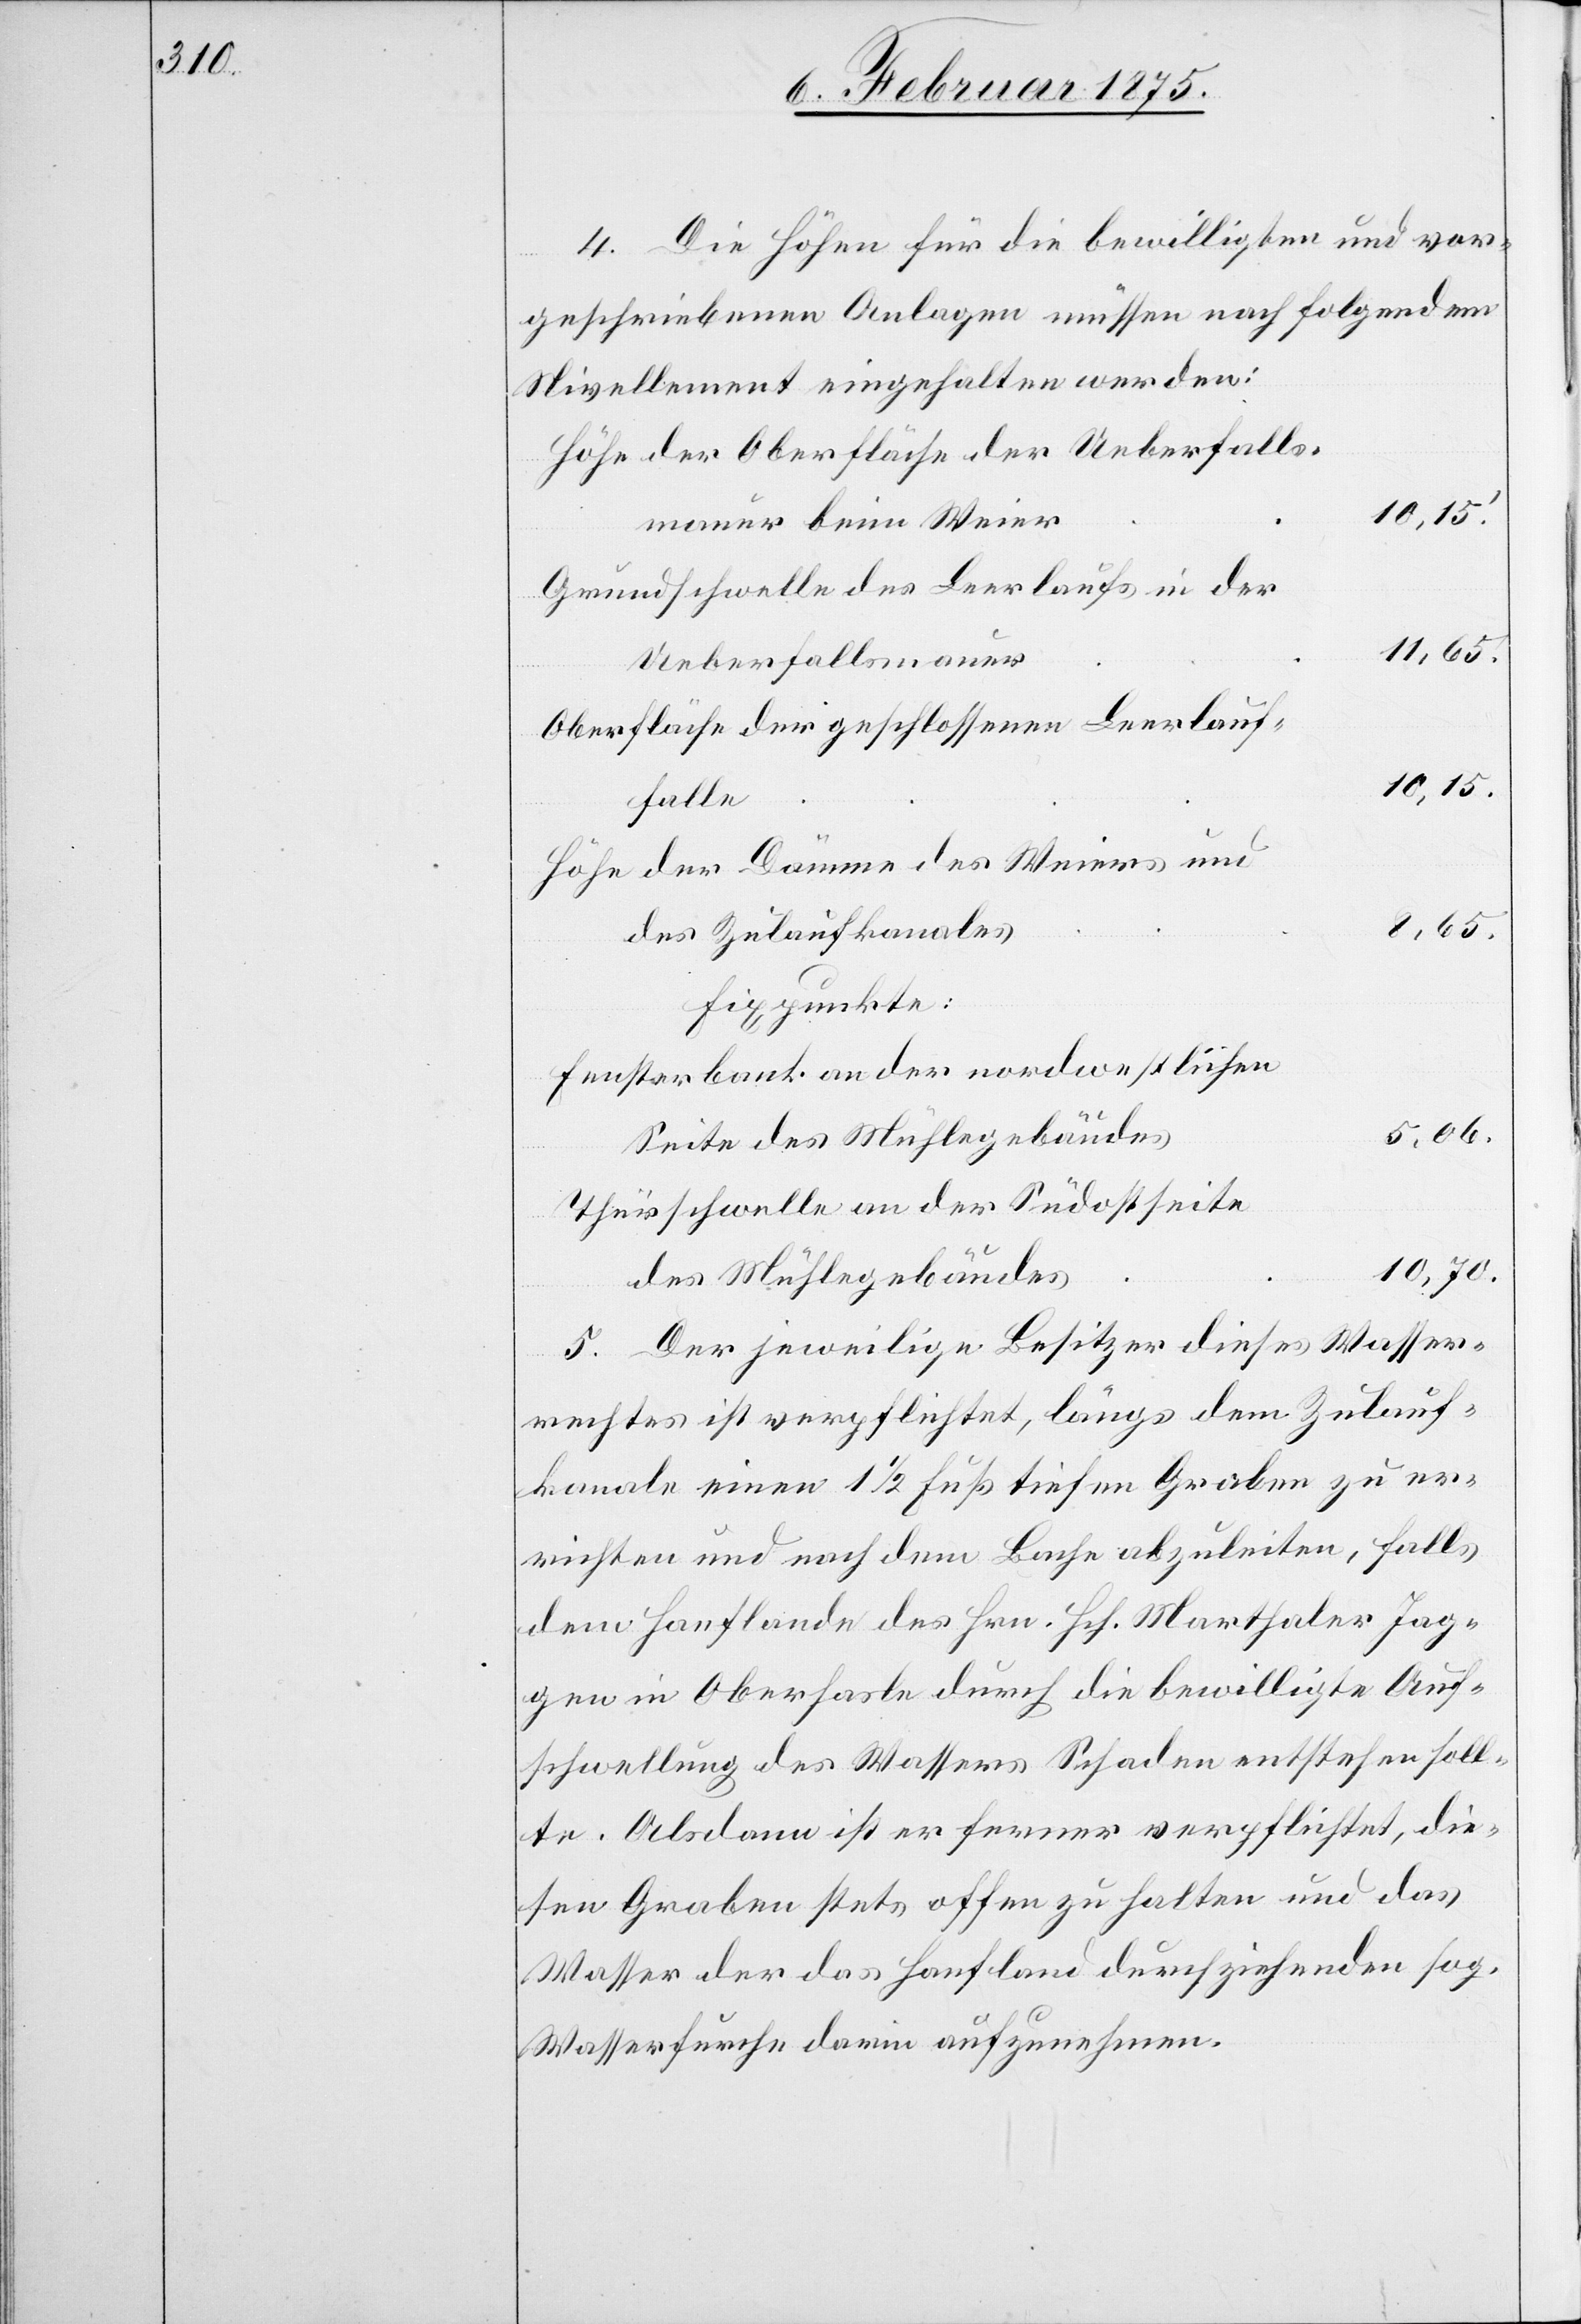
4. Die Höhen für die bewilligten und vor¬
geschriebenen Anlagen müssen nach folgendem
Nivellement eingehalten werden:
Höhe der Oberfläche der Ueberfalls¬
10,15.
mauer beim Weier
Grundschwelle des Leerlaufs in der
8,65.
Ueberfallsmauer
Oberfläche der geschlossenen Leerlauf¬
falle
Höhe der Dämme des Weiers und
des Zulaufkanales
Fensterbank an der nordwestlichen
5,06.
Seite des Mühlegebäudes
Thürschwelle an der Südostseite
10,70.
des Mühlegebäudes
5. Der jeweilige Besitzer dieses Wasser¬
rechtes ist verpflichtet, längs dem Zulauf¬
kanale einen 1 1/2 Fuß tiefen Graben zu er¬
richten und nach dem Bache abzuleiten, falls
dem Hanflande des Hrn. Hch. Marthaler Jag¬
gen in Oberhasle durch die bewilligte Auf¬
schwellung des Wassers Schaden entstehen soll¬
te. Alsdann ist er ferner verpflichtet, die¬
sen Graben stets offen zu halten und das
Wasser der das Hanfland durchziehenden sog.
Wasserfurche darin aufzunehmen.